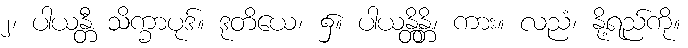
၂၊ ပါယန္တီ သိက္ခာပုဒ်။ ဒုတိယေ၊ ၌။ ပါယန္တိန္တိ၊ ကား။ လညံ၊ နို့ရည်ကို။